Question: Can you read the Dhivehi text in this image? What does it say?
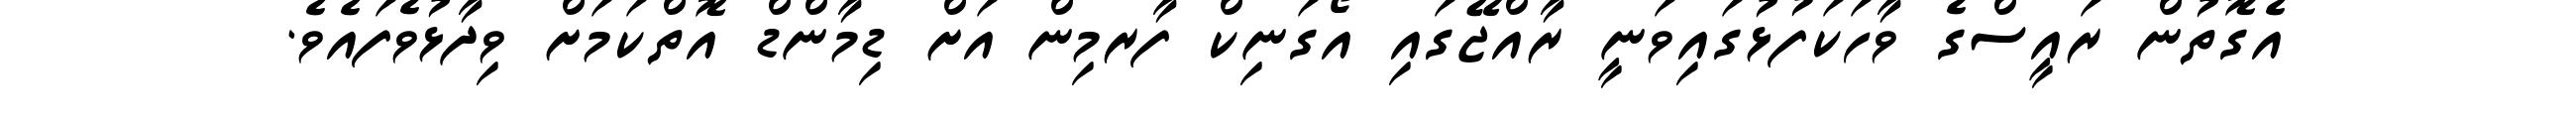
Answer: އެގޮތުން ރައީސްގެ ވާހަކަފުޅުގައިވަނީ ރާއްޖޭގައި އޯގަނިކް ފާރމިން އަށް ޑިމާންޑް އޮތްކަމަށް ވިދާޅުވެފައެވެ.